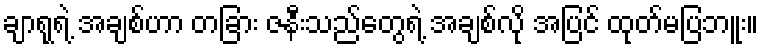
ချာရုရဲ့ အချစ်ဟာ တခြား ဇနီးသည်တွေရဲ့ အချစ်လို အပြင် ထုတ်မပြဘူး။